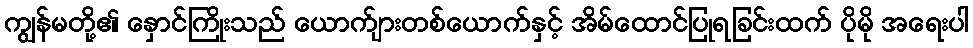
ကျွန်မတို့၏ နှောင်ကြိုးသည် ယောက်ျားတစ်ယောက်နှင့် အိမ်ထောင်ပြုရခြင်းထက် ပိုမို အရေးပါ